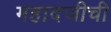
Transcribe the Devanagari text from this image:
महादजीची